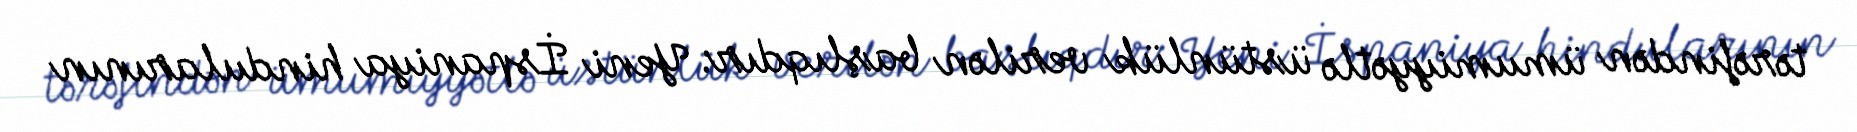
tərəfindən ümumiyyətlə üstünlük verilən başlıqdır: Yeni İspaniya hindularının